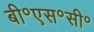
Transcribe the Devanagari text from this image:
बी॰एस॰सी॰